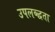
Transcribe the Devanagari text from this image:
उपलब्द्धता